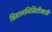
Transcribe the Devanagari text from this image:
विमाननिर्मितीसाठी